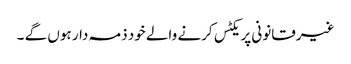
غیرقانونی پریکٹس کرنے والے خود ذمہ دار ہوں گے ۔